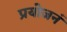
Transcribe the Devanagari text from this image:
प्रयोजनं